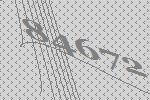
84672